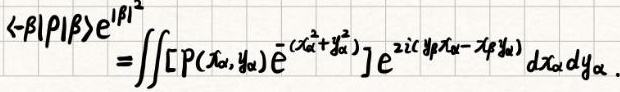
$\begin{align*}
\langle -\beta|\rho|\beta\rangle e^{|\beta|^{2}}&=\iint \left[ P(x_{\alpha},y_{\alpha})\bar{e}^{-(x_{\alpha}^{2}+y_{\alpha}^{2})}\right] e^{2i\left( y_{\beta}x_{\alpha}-x_{\beta}y_{\alpha}\right)}dx_{\alpha}dy_{\alpha}.
\end{align*}$